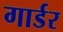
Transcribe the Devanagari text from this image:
गार्डर